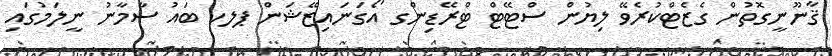
ޤާނޫނީގޮތުން ގެޒެޓްކުރެވޭ ލިޔުން ސްޓޭޓް ޓްރޭޑިންގ އޯގަނައިޒޭޝަން ޕލކ ބައު ސާމާނު ނީލަމުގައި